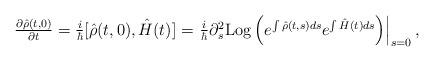
LaTeX: \begin{align*} \begin{array}{ll}\frac{\partial \hat{\rho} (t,0)}{\partial t} = \frac{i}{\hbar} [\hat{\rho}(t,0),\hat{H}(t)] = \left. \frac{i}{\hbar} \partial_s^2 {\rm Log} \left( e^{\int \hat{\rho}(t,s) ds} e^{\int \hat{H}(t) ds} \right) \right|_{s=0},\end{array} \end{align*}